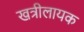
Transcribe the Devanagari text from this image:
खत्रीलायक